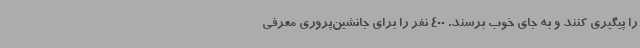
را پیگیری کنند و به جای خوب برسند. 400 نفر را برای جانشین‌پروری معرفی